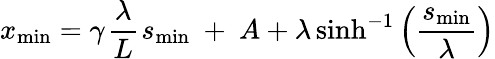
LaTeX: x_{\mathrm{min}}=\gamma~\! \frac{\lambda}{L}~\! s_{\mathrm{min}}~+~A+\lambda\sinh^{-1}\left(\frac{s_{\mathrm{min}}}{\lambda}\right)